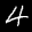
Label: 4